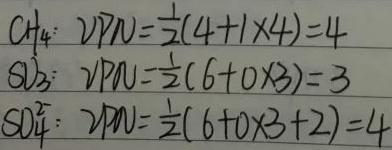
以下是修正后的内容：
\[
\begin{align*}
\mathrm{CH}_4: &\ \text{VPN}=\frac{1}{2}(4 + 1\times4)=4\\
\mathrm{SO}_3: &\ \text{VPN}=\frac{1}{2}(6+0\times3)=3\\
\mathrm{SO}_4^{2 - }: &\ \text{VPN}=\frac{1}{2}(6 + 0\times3+2)=4
\end{align*}
\]